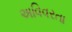
અવિવરતા